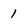
Character: 1